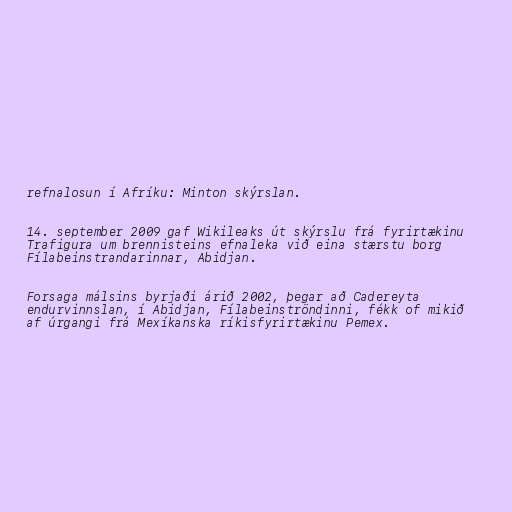
refnalosun í Afríku: Minton skýrslan.

14. september 2009 gaf Wikileaks út skýrslu frá fyrirtækinu
Trafigura um brennisteins efnaleka við eina stærstu borg
Fílabeinstrandarinnar, Abidjan.

Forsaga málsins byrjaði árið 2002, þegar að Cadereyta
endurvinnslan, í Abidjan, Fílabeinströndinni, fékk of mikið
af úrgangi frá Mexíkanska ríkisfyrirtækinu Pemex.